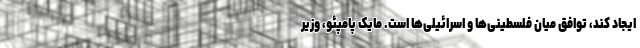
ایجاد کند، توافق میان فلسطینی‌ها و اسرائیلی‌ها است. مایک پامپئو، وزیر